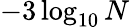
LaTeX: -3\log_{10}N